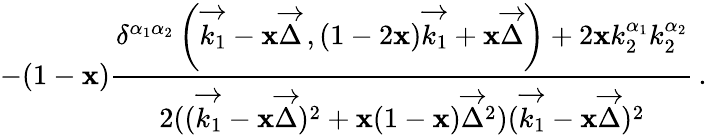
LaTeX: -(1-\mathbf{x})\frac{{\delta^{\alpha_{1}\alpha_{2}}\left(\overrightarrow{{k_{1}}}-\mathbf{x}\overrightarrow{{\Delta}}\, ,(1-2\mathbf{x})\overrightarrow{{k_{1}}}+\mathbf{x}\overrightarrow{{\Delta}}\right)+2\mathbf{x}k_{2}^{\alpha_{1}}k_{2}^{\alpha_{2}}}}{{2((\overrightarrow{{k_{1}}}-\mathbf{x}\overrightarrow{{\Delta}})^{2}+\mathbf{x}(1-\mathbf{x})\overrightarrow{{\Delta}}^{2})(\overrightarrow{{k_{1}}}-\mathbf{x}\overrightarrow{{\Delta}})^{2}}}\, .